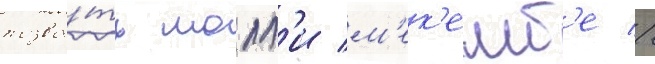
позва́ть молл'и м'ек'емб'е //